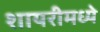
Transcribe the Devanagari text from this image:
शायरीमध्ये